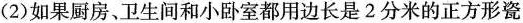
(2)如果厨房、卫生间和小卧室都用边长是2分米的正方形瓷